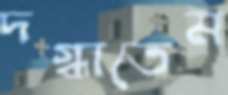
দগ্ধাতেম